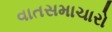
વાતસમાચારો